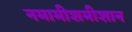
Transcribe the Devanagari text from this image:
नमामीशमीशान